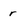
Character: r